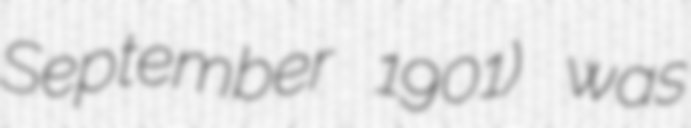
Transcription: September 1901) was